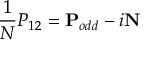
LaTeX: \frac { 1 } { N } P _ { 1 2 } = \mathbf { P } _ { o d d } - i \mathbf { N }